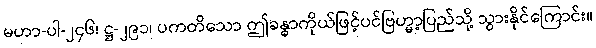
မဟာ-ပါ-၂၄၆၊ ဋ္ဌ-၂၉၁၊ ပကတိသော ဤခန္ဓာကိုယ်ဖြင့်ပင်ဗြဟ္မာ့ပြည်သို့ သွားနိုင်ကြောင်း။